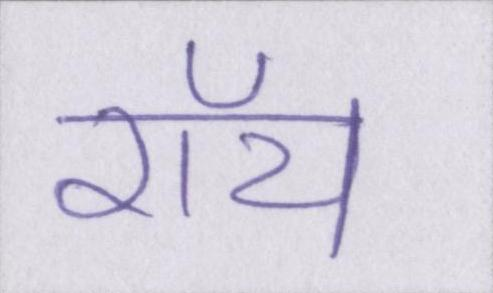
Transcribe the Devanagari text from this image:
रॉय